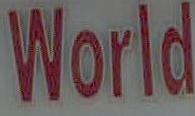
World